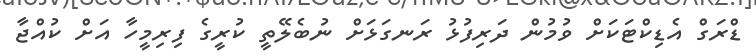
ޑްރަގް އެޑިކްޓަކަށް ވުމުން ދަރިފުޅު ރަނގަޅަށް ނުބެލޭތީ ކުރީގެ ފިރިމީހާ އަށް ކުއްޖާ